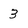
Character: 3